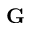
{ \bf G }